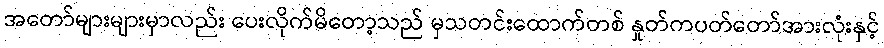
အတော်များများမှာလည်း ပေးလိုက်မိတော့သည် မှသတင်းထောက်တစ် နှုတ်ကပတ်တော်အားလုံးနှင့်